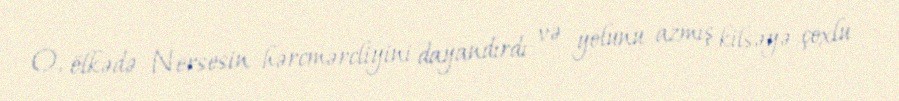
O, ölkədə Nersesin hərcmərcliyini dayandırdı və yolunu azmış kilsəyə çoxlu